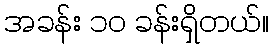
အခန်း ၁၀ ခန်းရှိတယ်။